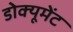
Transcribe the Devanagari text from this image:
डोक्यूमेंट